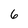
Character: 6